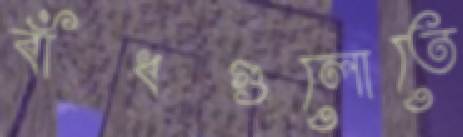
বাঁধগুলোতে